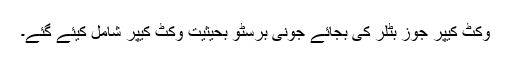
وکٹ کیپر جوز بٹلر کی بجائے جونی برسٹو بحیثیت وکٹ کیپر شامل کیئے گئے۔